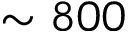
\sim 8 0 0